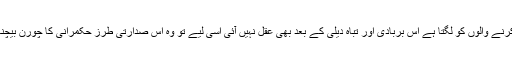
بسیار و لغو گو ٹولے کو بغض نواز میں کنٹینر پر کھڑا کرنے والوں کو لگتا ہے اس بربادی اور تباہ دیلی کے بعد بھی عقل نہیں آئی اسی لیے تو وہ اس صدارتی طرز حکمرانی کا چورن بیچنا شروع ہو گئے ہیں جس نے پاکستان کو دو لخت کیا تھا۔